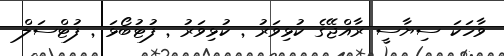
ވާހަކަ ސިޔާސީ ރާއްޖޭގެ ކުޅިވަރު